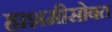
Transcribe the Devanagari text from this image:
हाशमीसोबत